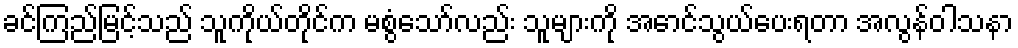
ခင်ကြည်မြင့်သည် သူကိုယ်တိုင်က မစွံသော်လည်း သူများကို အောင်သွယ်ပေးရတာ အလွန်ဝါသနာ